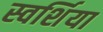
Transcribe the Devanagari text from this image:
स्वर्शिया